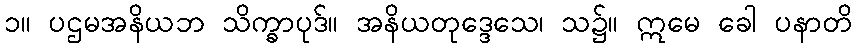
၁။ ပဌမအနိယဘ သိက္ခာပုဒ်။ အနိယတုဒ္ဒေသေ၊ သ၌။ ဣမေ ခေါ ပနာတိ